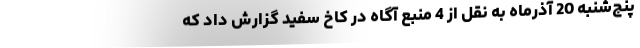
پنج‌شنبه‌ 20 آذرماه به نقل از 4 منبع آگاه در کاخ سفید گزارش داد که